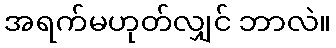
အရက်မဟုတ်လျှင် ဘာလဲ။